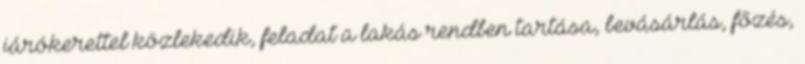
járókerettel közlekedik, feladat a lakás rendben tartása, bevásárlás, főzés,